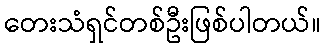
တေးသံရှင်တစ်ဦးဖြစ်ပါတယ်။